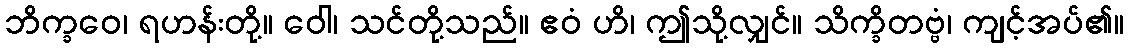
ဘိက္ခဝေ၊ ရဟန်းတို့။ ဝေါ၊ သင်တို့သည်။ ဧဝံ ဟိ၊ ဤသို့လျှင်။ သိက္ခိတဗ္ဗံ၊ ကျင့်အပ်၏။